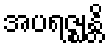
အပရဇ္ဈန္တိ